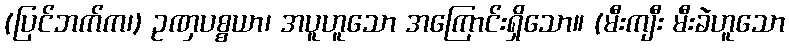
(ပြင်ဘက်က၊) ဥဏှပစ္စယာ၊ အပူဟူသော အကြောင်းရှိသော။ (မီးကျီး မီးခဲဟူသော